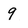
Character: q